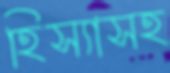
হিস্যাসহ